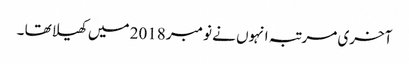
آخری مرتبہ انہوں نے نومبر 2018 میں کھیلا تھا ۔